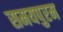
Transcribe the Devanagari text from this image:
समयपुरम